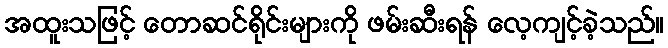
အထူးသဖြင့် တောဆင်ရိုင်းများကို ဖမ်းဆီးရန် လေ့ကျင့်ခဲ့သည်။